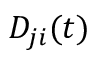
D _ { j i } ( t )